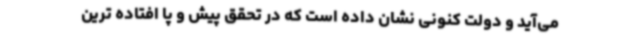
می‌آید و دولت کنونی نشان داده است که در تحقق پیش و پا افتاده ترین